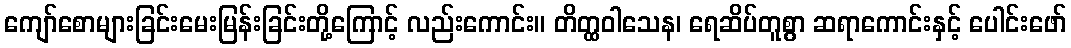
ကျော်စောများခြင်းမေးမြန်းခြင်းတို့ကြောင့် လည်းကောင်း။ တိတ္ထဝါသေန၊ ရေဆိပ်တူစွာ ဆရာကောင်းနှင့် ပေါင်းဖော်